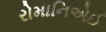
રોમાનિએઈ